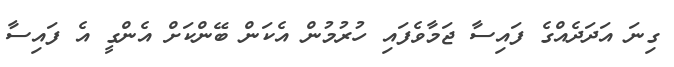
ގިނަ އަދަދެއްގެ ފައިސާ ޖަމާވެފައި ހުރުމުން އެކަން ބޭންކަށް އެންގީ އެ ފައިސާ